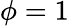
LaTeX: \phi=1